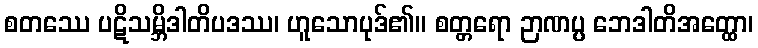
စတဿေ ပဋိသမ္ဘိဒါတိပဒဿ၊ ဟူသောပုဒ်၏။ စတ္တရော ဉာဏပ္ပ ဘေဒါတိအတ္ထော၊